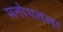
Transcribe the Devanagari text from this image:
मनोगतला